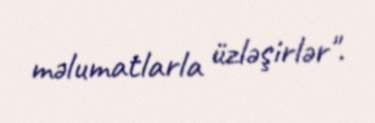
məlumatlarla üzləşirlər".